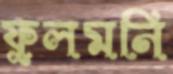
ফুলমনি